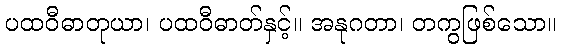
ပထဝီဓာတုယာ၊ ပထဝီဓာတ်နှင့်။ အနုဂတာ၊ တကွဖြစ်သော။